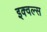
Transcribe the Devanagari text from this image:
इक्वल्स